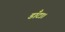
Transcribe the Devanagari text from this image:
डाँटा।